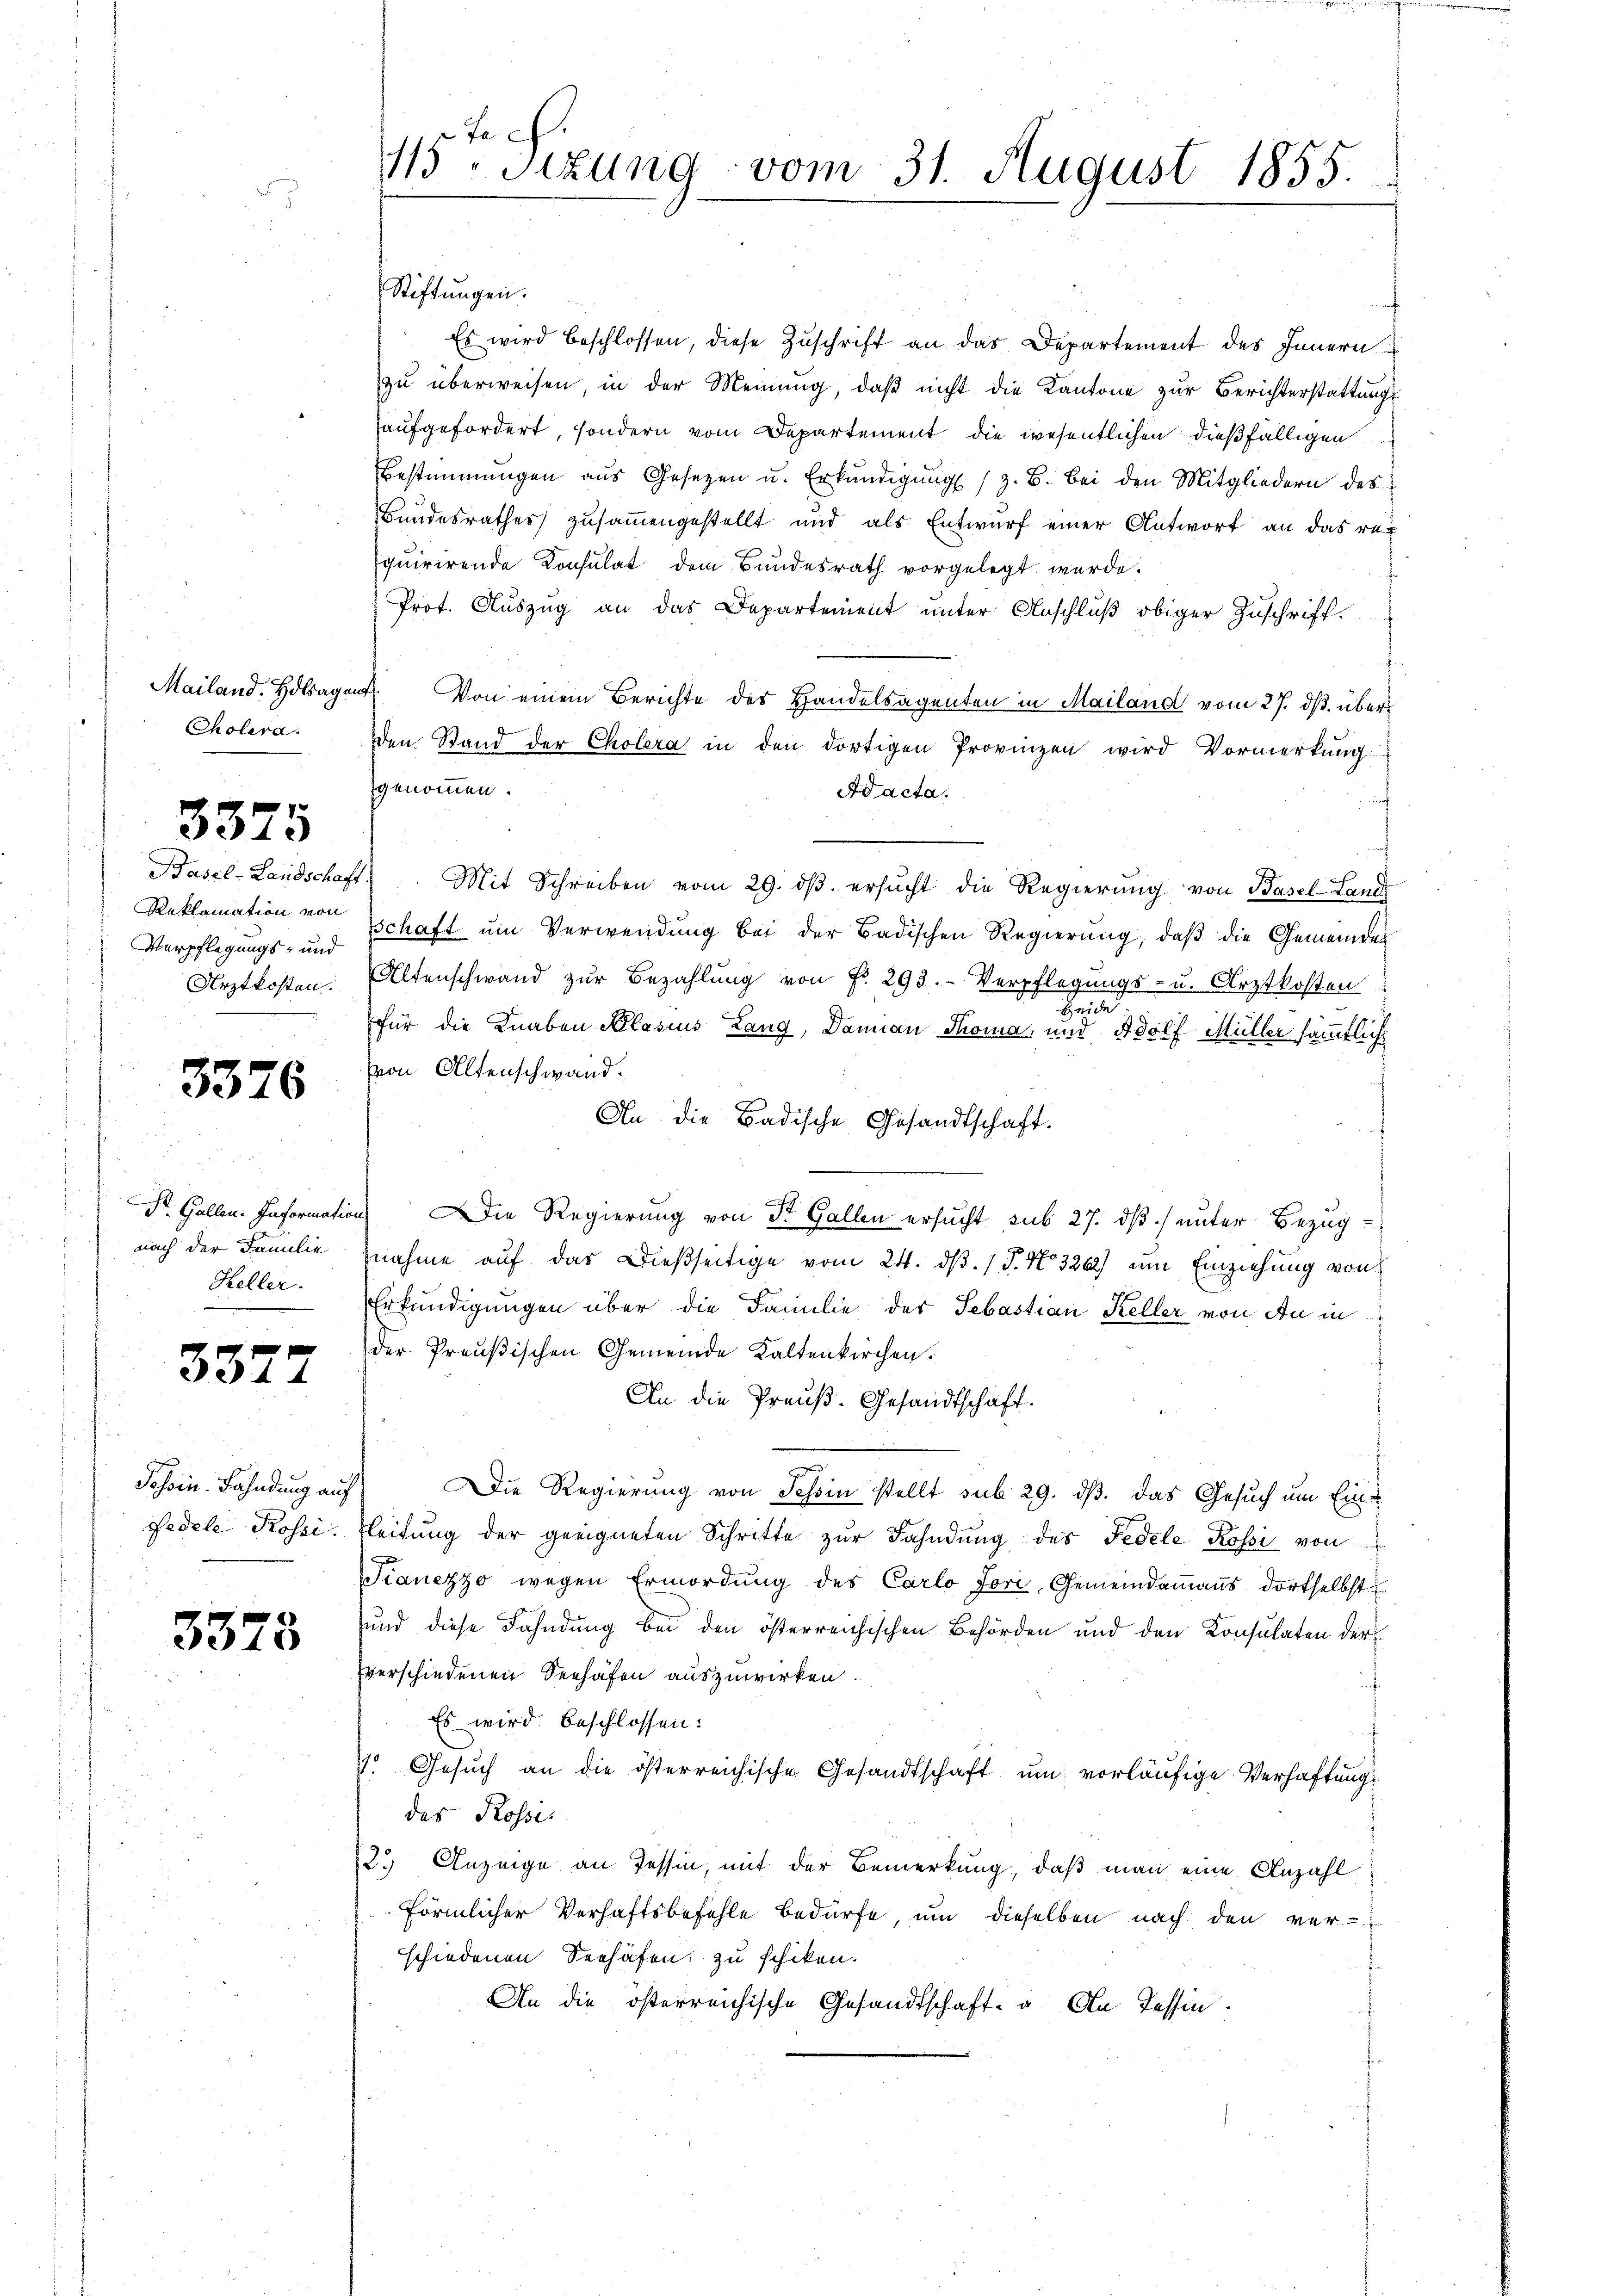
Cholera.

3375

Reklamation von
Verpflegungs- und
Arztkosten.

3376

nach der Familie
Heller.

3377

Schorn. Fähndung auf
Pedele Prosei.

3378

115. Sizung vom 31. August 1855.

f
Es wird beschlossen, diese Zuschrift an das Departement des Innern
zu überweisen, in der Meinung, daß nicht die Kantone zur Berichterstattungsaufgefordert, sondern vom Departement die wesentlichen dießfälligen
Bestimmungen aŭs Gesetzen u. Erkŭndigŭng (z. B. Bei den Mitgliedern des
Bundesrathes zusammengestellt und als Entwurf einer Antwort an das requirirende Consulat dem Bundesrath vorgelegt wurde.
f
Prot. Auszug an das Departement unter Anschluß obiger Zuschrift.
Mailand. Holsagen. Von einem Berichte des Handelsagenten in Mailand vom 27. ds. über¬
Den Stand der Cholera in den dortigen Provinzen wird Vormerkung
genommen.
Ad acta.
Basel-Landschaft. Mit Schreiben vom 29. dβ. ersucht die Regierung von Basel-Land
schaft um Verwendung bei der Badischen Regierung, daß die Gemeindes
Altenschwand zŭr Bezahlŭng von Fr. 293. Verpflegŭngs- u. Arztkosten
Fra
für die Knaben Plasius Lang, Dannau Thoma und Adolf Müller sämmtlich
von Altenschwand¬
An die Badische Gesandtschaft.
Dr. Gallen. Information Die Regierung von St. Gallen ersucht sub 27. dß) unter Bezugnahme auf das Dießseitige vom 24. dβ. / 5. No 3262) um Einziehung von
Erkundigungen über die Familie des Sebastian Keller von An in
der Preußischen Gemeinde Kaltenkirchen.
An die Preuß. Gesandtschaft.
Die Regierung von Schon stellt sub 29. ds. das Gesuch um Ein¬
Pleitung der geeigneten Schritte zŭr Fahndung des Fedele Rossi von
ianezzo wegen Ermordung des Carlo Jori, Gemeindammanns dortselbst
und diese Fahndung bei den österreichischen Behörden und den Konsulaten der
verschiedenen Seehäfen auszuwirken.
Es wird beschlossen:
7. Gesuch an die österreichische Gesandtschaft um vorläufige Verhaftung
das Rosses
12.) Anzeige an Tessin, mit der Bemerkung, daß man eine Anzahl
förmlicher Verhaftsbefehle bedürfe, um dieselben nach den ver-
schiedenen Seehäfen zu schiken.
An die österreichische Gesandtschaft u. An Tessin.

Stiftungen.